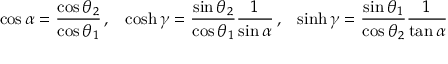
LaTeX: \cos \alpha = \frac { \cos \theta _ { 2 } } { \cos \theta _ { 1 } } \, , \; \; \; \cosh \gamma = \frac { \sin \theta _ { 2 } } { \cos \theta _ { 1 } } \frac { 1 } { \sin \alpha } \, , \; \; \; \sinh \gamma = \frac { \sin \theta _ { 1 } } { \cos \theta _ { 2 } } \frac { 1 } { \tan \alpha }